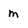
Character: m